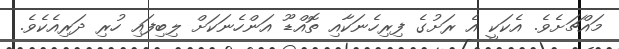
މައްޗަށެވެ. އެކަކީ އެ ރަށުގެ ފިރިހެނަކާއި ތޮއްޑޫ އަންހެނަކަށް ލިބިފައި ހުރި ދަރިއެކެވެ.